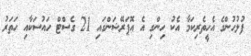
ފުލުހުންގެ އެހީތެރިކަމާ އެކު ހިންގި އެ އޮޕަރޭޝަންގައި 21 ގެސްޓް ހައުސަކާއި ހަތަރު